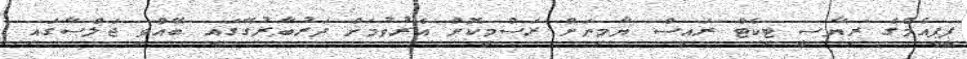
ޕީޕީއެމްގެ ރިޔާސީ ޓިކެޓް ރައީސް ޔާމިނަށް ރަސްމީކޮށް އެރުވުމަށް ދަރުބާރުގޭގައި ބޭއްވި ޖަލްސާގައި